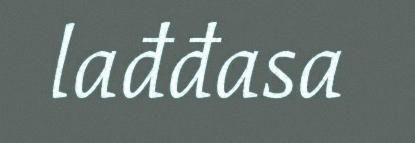
lađđasa